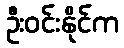
ဦးဝင်းနိုင်က